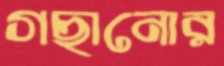
গছানোর